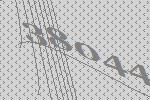
38044